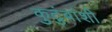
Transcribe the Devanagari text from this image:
कुटुंबांशी